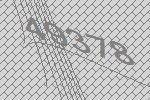
49378